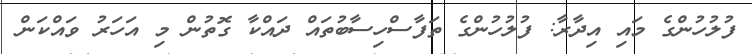
ފުލުހުންގެ މައި އިދާރާ: ފުލުހުންގެ ތަފާސްހިސާބުތައް ދައްކާ ގޮތުން މި އަހަރު ވައްކަން